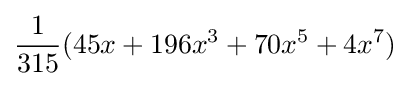
{\frac {1}{315}}(45x+196x^{3}+70x^{5}+4x^{7})